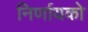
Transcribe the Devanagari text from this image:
निर्णायको